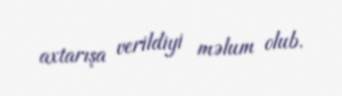
axtarışa verildiyi məlum olub.